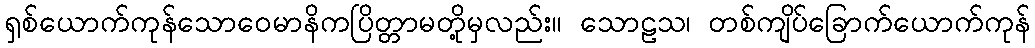
ရှစ်ယောက်ကုန်သောဝေမာနိကပြိတ္တာမတို့မှလည်း။ သောဠသ၊ တစ်ကျိပ်ခြောက်ယောက်ကုန်